Report on vaccination in Madras 1904-1921 - 1904-1921
Year: 1904
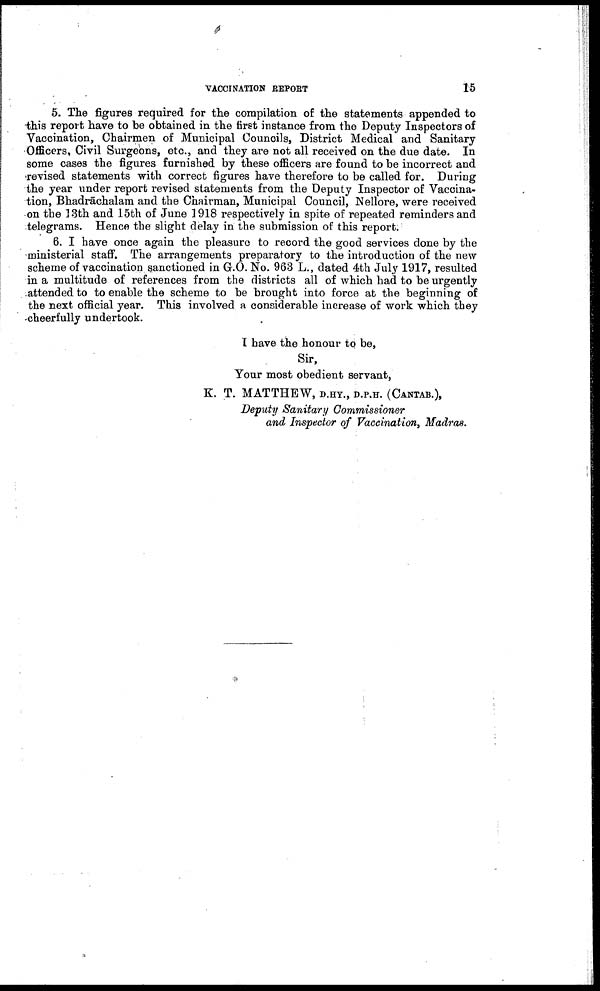
VACCINATION REPORT
15
5. The figures required for the compilation of the statements appended to
this report have to be obtained in the first instance from the Deputy Inspectors of
Vaccination, Chairmen of Municipal Councils, District Medical and Sanitary
Officers, Civil Surgeons, etc., and they are not all received on the due date. In
some cases the figures furnished by these officers are found to be incorrect and
revised statements with correct figures have therefore to be called for. During
the year under report revised statements from the Deputy Inspector of Vaccina
tion, Bhadrāchalam and the Chairman, Municipal Council, Nellore, were received
on the 13th and 15th of June 1918 respectively in spite of repeated reminders and
telegrams. Hence the slight delay in the submission of this report.
6. I have once again the pleasure to record the good services done by the
ministerial staff. The arrangements preparatory to the introduction of the new
scheme of vaccination sanctioned in G.O. No. 963 L., dated 4th July 1917, resulted
in a multitude of references from the districts all of which had to be urgently
attended to to enable the scheme to be brought into force at the beginning of
the next official year. This involved a considerable increase of work which they
-cheerfully undertook.
I have the honour to be,
Sir,
Your most obedient servant,
K. T. MATTHEW, D.HY., D.P.H. (CANTAB.),
Deputy Sanitary Commissioner
and Inspector of Vaccination, Madras.